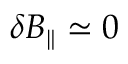
\delta B _ { \parallel } \simeq 0